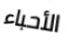
الأحباء